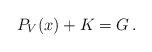
LaTeX: \begin{align*}P_{V}(x)+K =G \,.\end{align*}